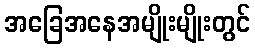
အခြေအနေအမျိုးမျိုးတွင်